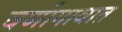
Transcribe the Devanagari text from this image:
वणीगावात